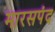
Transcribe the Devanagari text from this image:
मारसपंद